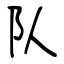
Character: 队